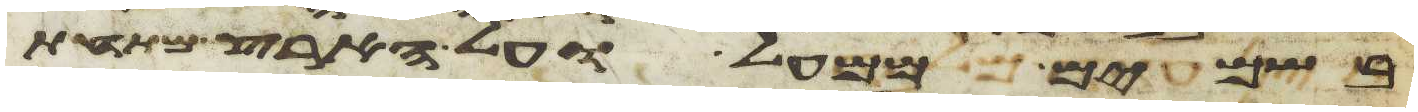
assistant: בשמים ממעל ועל הארץ מתחת